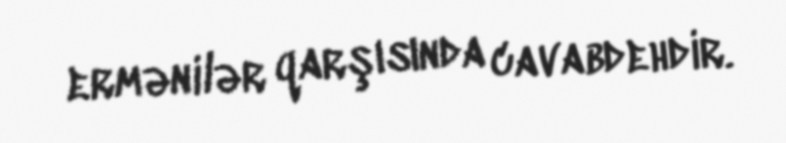
ermənilər qarşısında cavabdehdir.